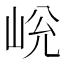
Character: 𡷋